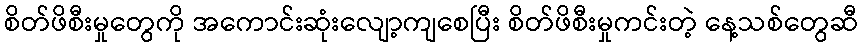
စိတ်ဖိစီးမှုတွေကို အကောင်းဆုံးလျော့ကျစေပြီး စိတ်ဖိစီးမှုကင်းတဲ့ နေ့သစ်တွေဆီ